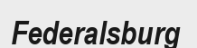
Federalsburg